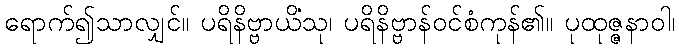
ရောက်၍သာလျှင်။ ပရိနိဗ္ဗာယိံသု၊ ပရိနိဗ္ဗာန်ဝင်စံကုန်၏။ ပုထုဇ္ဇနာဝါ၊